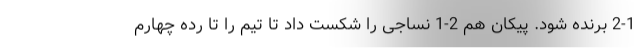
2-1 برنده شود. پیکان هم 2-1 نساجی را شکست داد تا تیم را تا رده چهارم